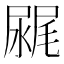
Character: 𰎂